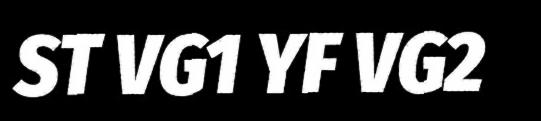
ST VG1 YF VG2